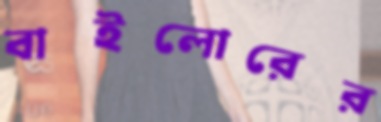
বাইলোরের